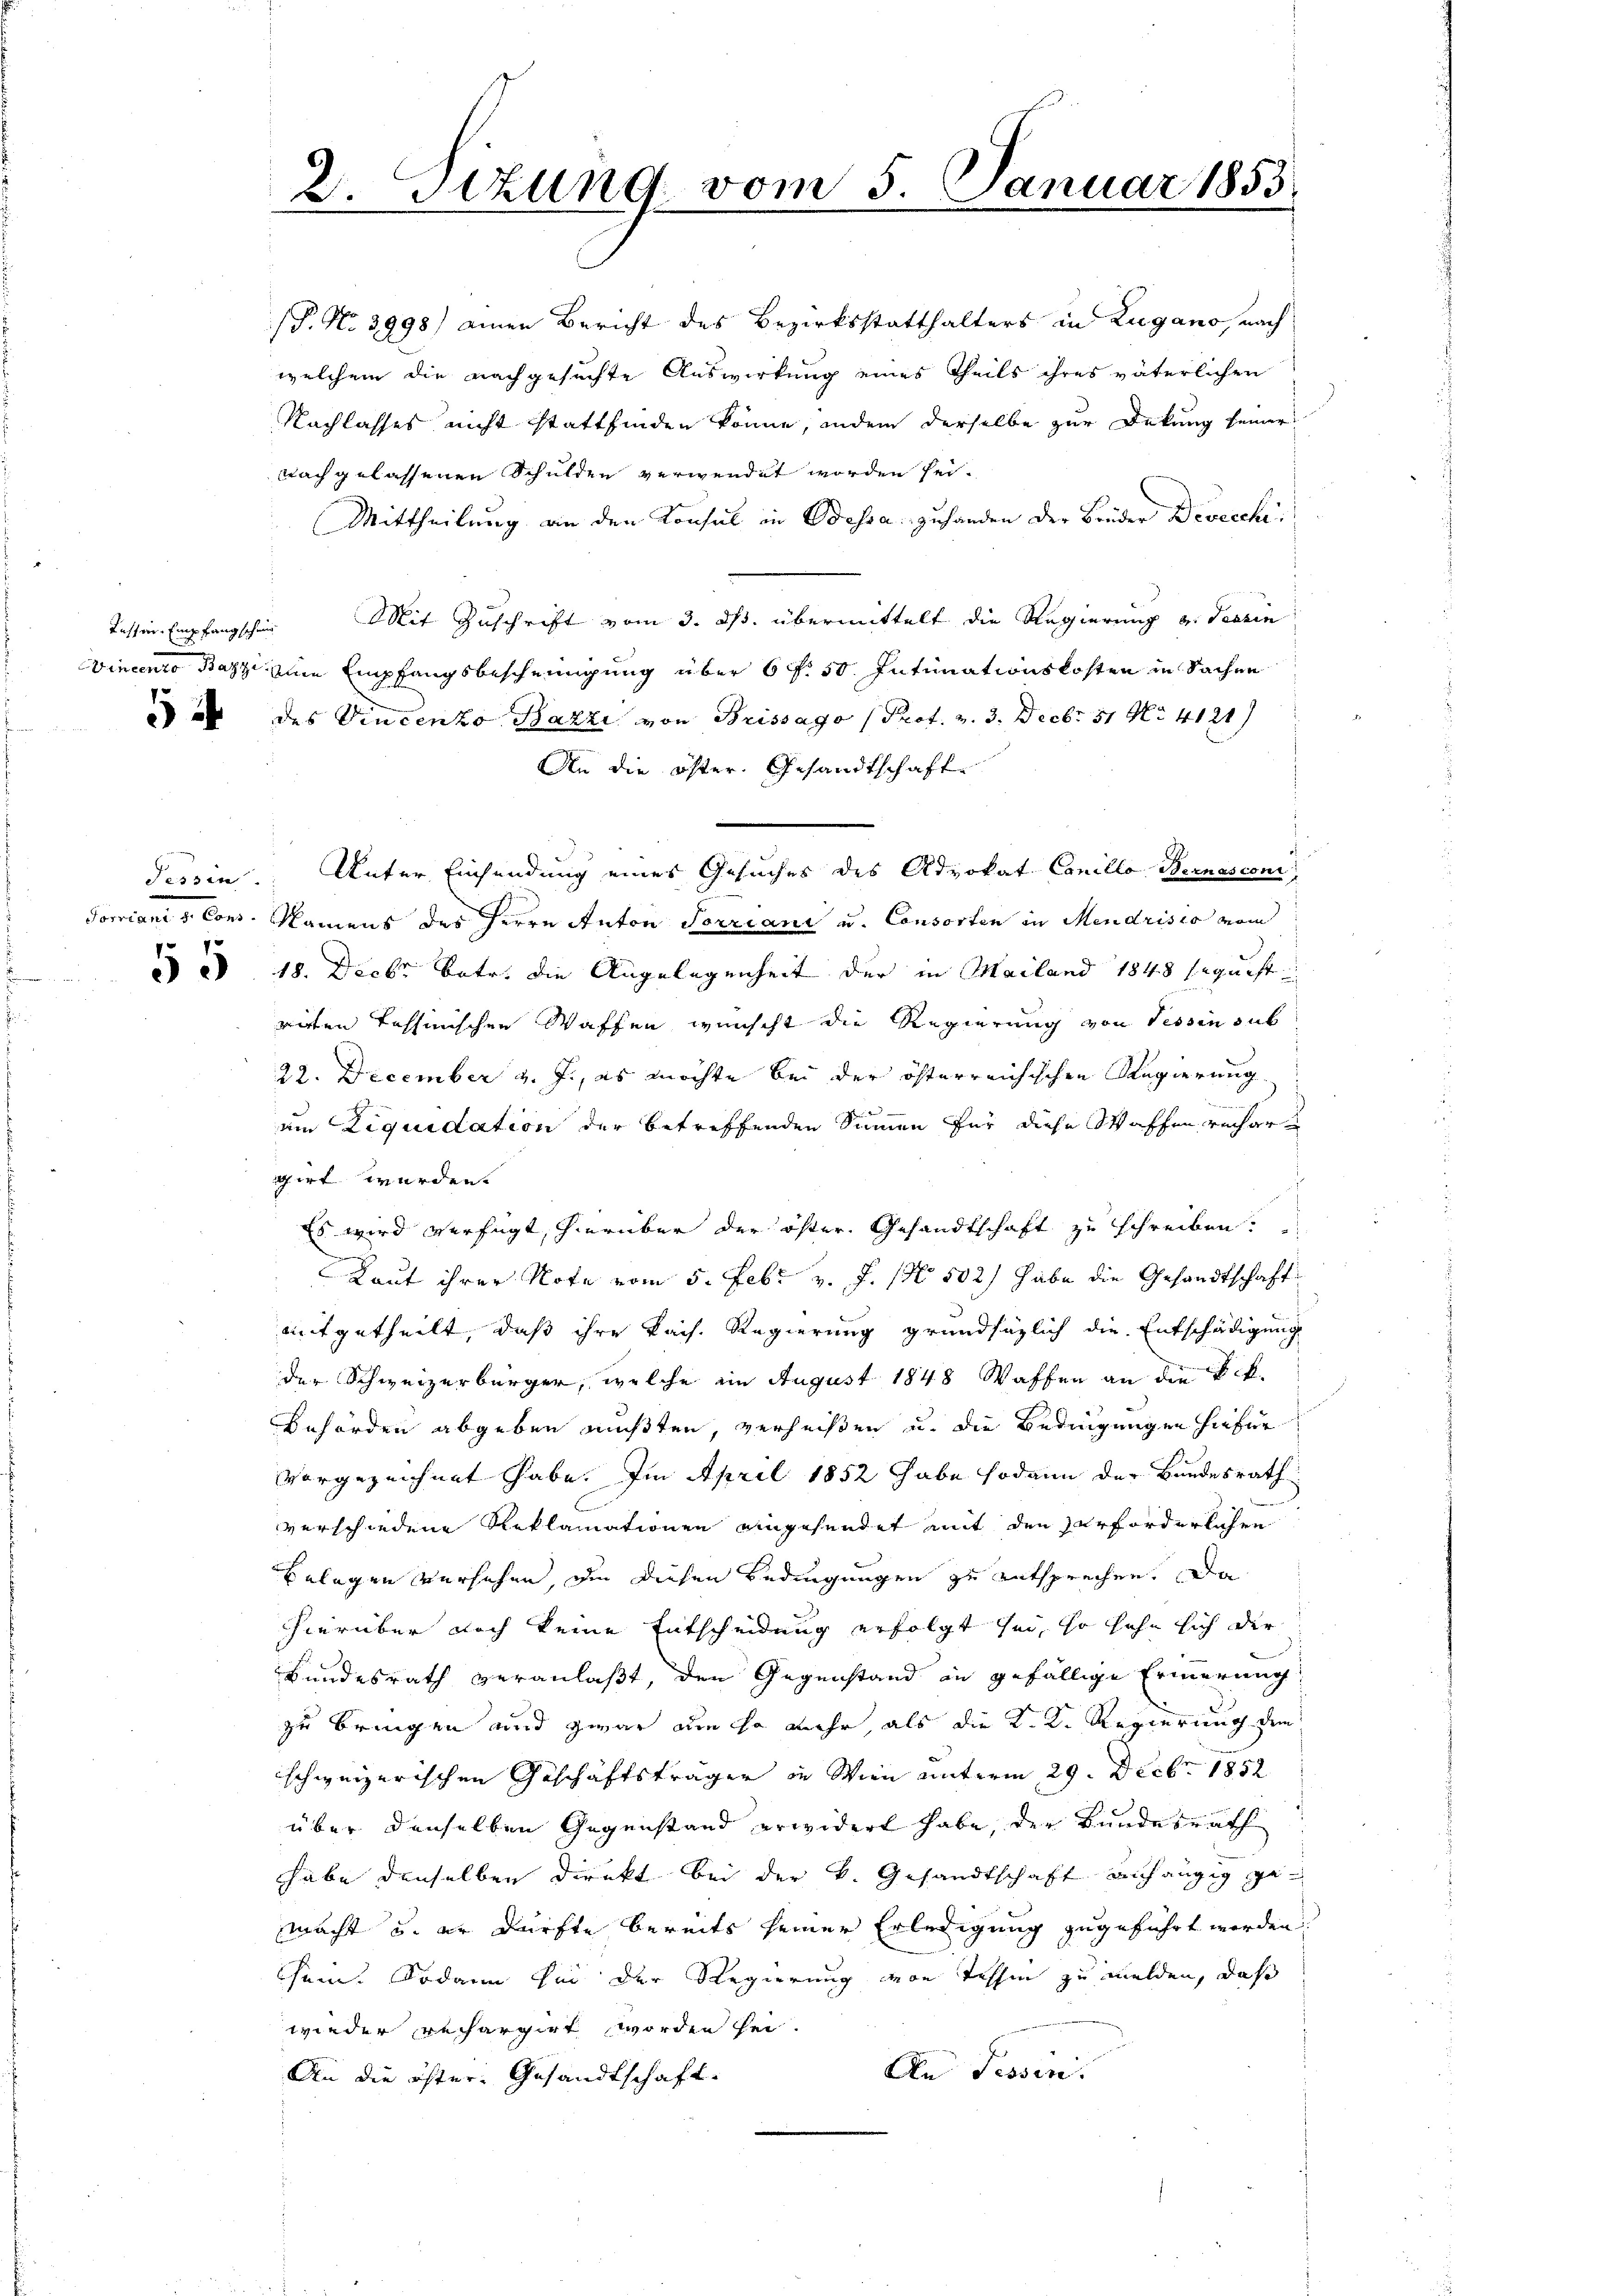
5

Tessin.

(T. No 3998) einen Bericht des Bezirksstatthalters in Zugano, nach
welchem die nachgesuchte Auswirkung eines Theils ihres väterlichen
Nachlasses nicht stattfinden könne, indem derselbe zur Dekung seiner
nach gelassenen Schulden verwendet worden sei.
Mittheilung an den Konsul in Odessa zuhanden der Brüder Devecchi
Tassen Empfangschein Mit Zuschrift vom 3. ds. übermittelt die Regierung v. Tessin
Vincento Bazzi eine Empfangsbescheinigung über 6 f: 50. Intimationskosten in Sachen
des Vincenzo Bazzi, von Brissago (Prof. v. 3. Decbr 17 No 4121
An die öster Gesandtschaft
Foriani d. Cons. Namens des Herrn Anton Torriani u. Consorten in Mendrisis vom
 18. Decbr. betr. die Angelegenheit der in Mailand 1848 seguist
rirten Tessinischen Waffen wünscht die Regierung von Tessin sub
22. December v. J., es möchte bei der österreichischen Regierung
.
um Liquidation der betreffenden Summen für diese Waffen verhargirt werden.
Es wird verfügt, hierüber der öster. Gesandtschaft zu schreiben.
f
Laut ihrer Note vom 5. Febr. v. J. (N. 502) habe die Gesandtschaft
mitgetheilt, daß ihre kais. Regierung grundsätzlich die Entschädigung
der Schweizerbürger, welche im August 1848 Waffen an die Rek¬
Behörden abgeben mußten, verheißen u. die Bedingungen hiefür
vorgezeichnet habe. Im April 1852 habe sodann der Bundesrath
verschiedene Reklamationen aingehendet mit den Verforderlohre
Belegen versehen, die diesen Bedingungen zu entsprechen. Da
hierüber noch keine Entscheidung erfolgt sei, so sehe sich der
Bundesrath veranlaßt, den Gegenstand in gefällige Erinnerung
zu bringen und zwar um so mehr, als die K. K. Regierung den
schweizerischen Geschäftsträger in Wien unterm 29. Decbr. 1852
über denselben Gegenstand erwidert habe, der Bundesrath
habe denselben direkt bei der k. Gesandtschaft anhängig gemacht u. er dürfte bereits seiner Erledigung zugeführt worden.
sein. Sodann bei der Regierung von Tessin zu melden, daß
wieder rechargirt worden sei.
An Tessin.
An die öfter Gesandtschaft.

2. Sizung vom 5. Januar 1853.

Unter Einsendung eines Gesuches des Advokat Concllo Bernasconi,